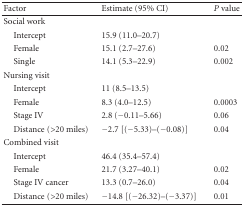
<table><thead><tr><td><b>Factor</b></td><td><b>Estimate (95% CI)</b></td><td><b><i>P</i> value</b></td></tr></thead><tbody><tr><td>Social work</td><td> </td><td> </td></tr><tr><td> Intercept</td><td>15.9 (11.0–20.7)</td><td> </td></tr><tr><td> Female</td><td>15.1 (2.7–27.6)</td><td>0.02</td></tr><tr><td> Single</td><td>14.1 (5.3–22.9)</td><td>0.002</td></tr><tr><td>Nursing visit</td><td> </td><td> </td></tr><tr><td> Intercept</td><td>11 (8.5–13.5)</td><td> </td></tr><tr><td> Female</td><td>8.3 (4.0–12.5)</td><td>0.0003</td></tr><tr><td> Stage IV</td><td>2.8 (−0.11–5.66)</td><td>0.06</td></tr><tr><td> Distance (&gt;20 miles)</td><td>−2.7 [(−5.33)–(−0.08)]</td><td>0.04</td></tr><tr><td>Combined visit</td><td> </td><td> </td></tr><tr><td> Intercept</td><td>46.4 (35.4–57.4)</td><td> </td></tr><tr><td> Female</td><td>21.7 (3.27–40.1)</td><td>0.02</td></tr><tr><td> Stage IV cancer</td><td>13.3 (0.7–26.0)</td><td>0.04</td></tr><tr><td> Distance (&gt;20 miles)</td><td>−14.8 [(−26.32)–(−3.37)]</td><td>0.01</td></tr></tbody></table>